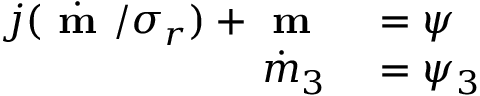
\begin{array} { r l } { j ( \dot { \textbf { m } } / \sigma _ { r } ) + \textbf { m } } & { { } = \boldsymbol \psi } \\ { \dot { m } _ { 3 } } & { { } = \psi _ { 3 } } \end{array}